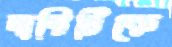
দাবিটিকে